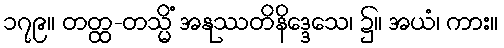
၁၇၉။ တတ္ထ-တသ္မိံ အနုဿတိနိဒ္ဒေသေ၊ ၌။ အယံ၊ ကား။